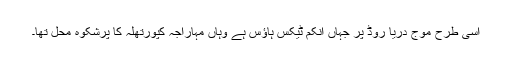
اسی طرح موج دریا روڈ پر جہاں انکم ٹیکس ہاؤس ہے وہاں مہاراجہ کپورتھلہ کا پُرشکوہ محل تھا۔